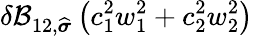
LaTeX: \delta\mathcal{B}_{12,\widehat{\boldsymbol{\sigma}}}\left(c_{1}^{2}w_{1}^{2}+c_{2}^{2}w_{2}^{2}\right)